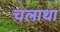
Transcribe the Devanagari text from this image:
चलाथा